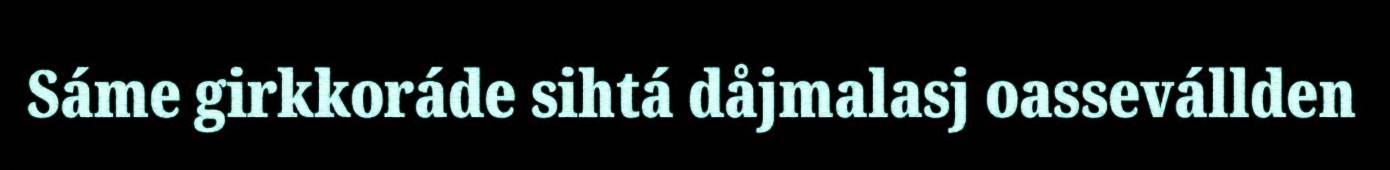
Sáme girkkoráde sihtá dåjmalasj oassevállden